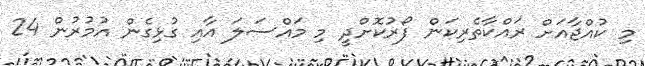
މި ކުއްޖާއަށް ރައްކާތެރިކަން ފޯރުކޮށްދީ މި މައްސަލަ އާއި ގުޅިގެން އުމުރުން 24